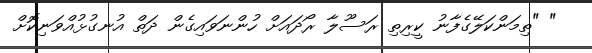
" "ތިމަންކަލޭގެފާނު ކީރިތި ރަސޫލާ ރޯދައަށް ހުންނަވައިގެން ދަތް އުނގުޅުއްވަނިކޮށް